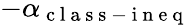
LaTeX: -\alpha_{\mathrm{~c~l~a~s~s~-~i~n~e~q~}}